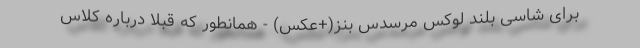
برای شاسی بلند لوکس مرسدس بنز(+عکس) - همانطور که قبلا درباره کلاس